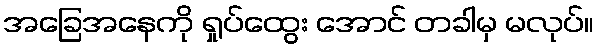
အခြေအနေကို ရှုပ်ထွေး အောင် တခါမှ မလုပ်။